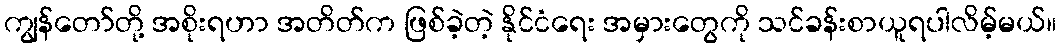
ကျွန်တော်တို့ အစိုးရဟာ အတိတ်က ဖြစ်ခဲ့တဲ့ နိုင်ငံရေး အမှားတွေကို သင်ခန်းစာယူရပါလိမ့်မယ်။